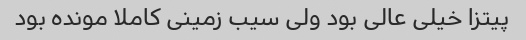
پیتزا خیلی عالی بود ولی سیب زمینی کاملا مونده بود